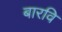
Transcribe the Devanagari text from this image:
बारवि